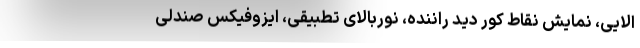
الایی، نمایش نقاط کور دید راننده، نوربالای تطبیقی، ایزوفیکس صندلی